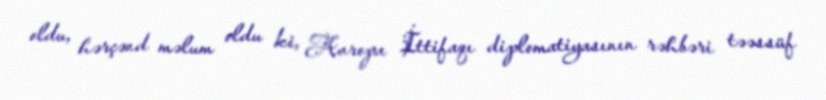
oldu, hərçənd məlum oldu ki, Avropa İttifaqı diplomatiyasının rəhbəri təəssüf